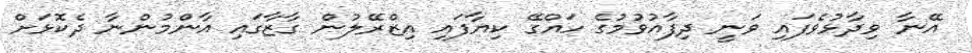
އޭނާ ވިދާޅުވެފައި ވަނީ ދިފާއުވުމުގެ ހައްގޭ ކިޔާފައި އިޒްރޭލުން ގާޒާގައި އާންމުންނާ ދެކޮޅަށް